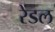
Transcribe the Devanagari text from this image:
रेंडल